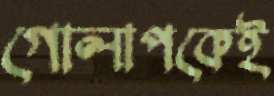
গোলাপকেই